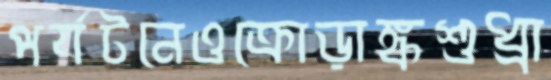
পর্যটনেওক্রোড়াঙ্কশুধ্‌রা